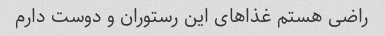
راضی هستم غذاهای این رستوران و دوست دارم